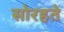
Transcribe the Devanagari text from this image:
सोरहते